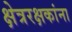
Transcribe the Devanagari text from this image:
क्षेत्ररक्षकांना